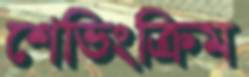
শেভিংক্রিম